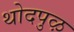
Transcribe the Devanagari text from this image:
थोदपुऴ